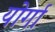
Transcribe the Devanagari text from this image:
योर्गा